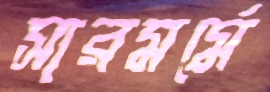
সারমর্মে